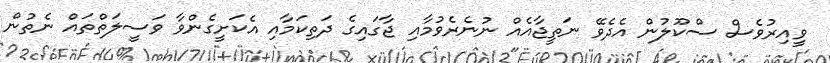
ވީއިރުވެސް ސްކޫލުން އެދެވޭ ނަތީޖާއެއް ނުނެރެވުމާއި ޖާގައިގެ ދަތިކަމާއި އެކަށީގެންވާ ވަސީލަތްތައް ނެތުން